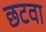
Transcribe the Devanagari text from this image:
छटवा